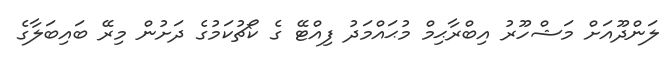
ލަންދޫއަށް މަޝްހޫރު އިބްރާޙިމް މުޙައްމަދު ފިއްޓޭ ގެ ކޯޗުކަމުގެ ދަށުން މިރޭ ބައިބަލާގެ